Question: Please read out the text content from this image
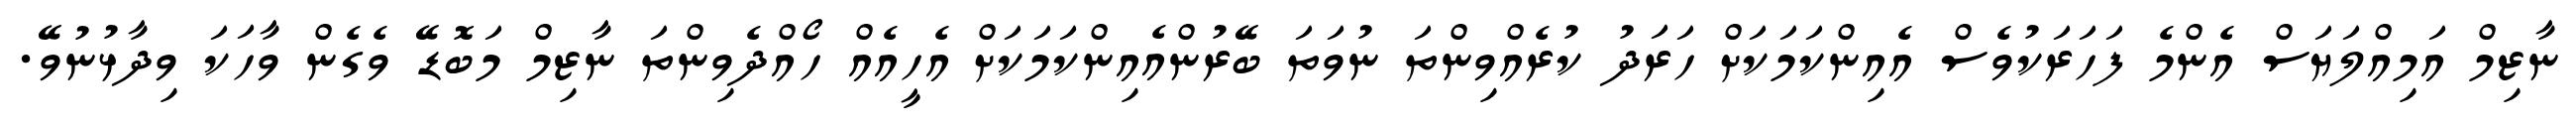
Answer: ނާޒިމް އަމިއްލަޔަސް އެންމެ ފަހަރަކުވެސް އެއިންކަމަކަށް ހަރަދު ކުރެއްވިންތަ ނުވަތަ ބޭރުންއެއިންކަމަކަށް އެހީއެއް ހޯއްދެވިންތަ ނާޒިމް މަބޮޑޭ ވެގެން ވާހަކަ ވިދާޅުނުވޭ.